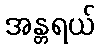
အန္တရယ်